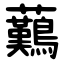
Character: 䕿